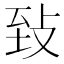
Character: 𦤺